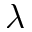
\lambda